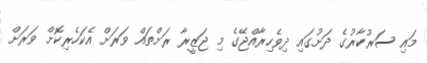
މައި ސަރުކާރުގެ ދަށުގައި ދިވެހިރާއްޖޭގެ މި ޖަޒީރާ ރަށްތައް ވަރަށް އެކަހެރިކޮށް ވަރަށް